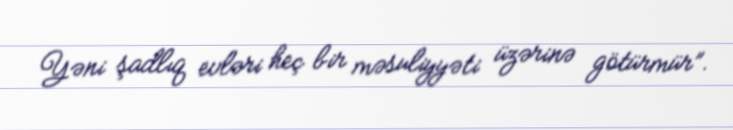
Yəni şadlıq evləri heç bir məsuliyyəti üzərinə götürmür”.